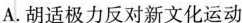
A.胡适极力反对新文化运动